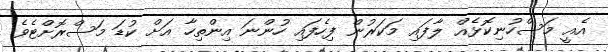
އެއީ މަސްހުނިކޮޅެއް ލާފައި މަކަރުން ފިހެފައި ހުންނަ އިންތިހާ އަށް ކުޑަ މަސްރޮށްޓެވެ.